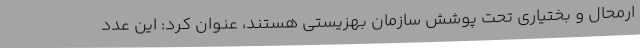
ارمحال و بختیاری تحت پوشش سازمان بهزیستی هستند، عنوان کرد: این عدد